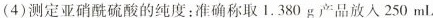
(4)测定亚硝酰硫酸的纯度：准确称取I.380g 产品放入250ml。